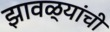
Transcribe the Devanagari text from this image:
झावळ्यांची